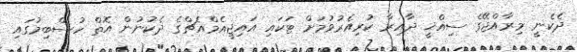
ދެކެނީ މިރާއްޖޭގެ ސިއްޚީ ދާއިރާ ކުރިއެރުވުމަށް ޓަކައި އައިޖީއެމްއެޗްގެ ދެކުނުން އޮތް ހުސްބިމުގައި